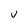
Character: U